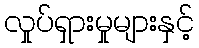
လှုပ်ရှားမှုများနှင့်